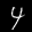
Label: 4